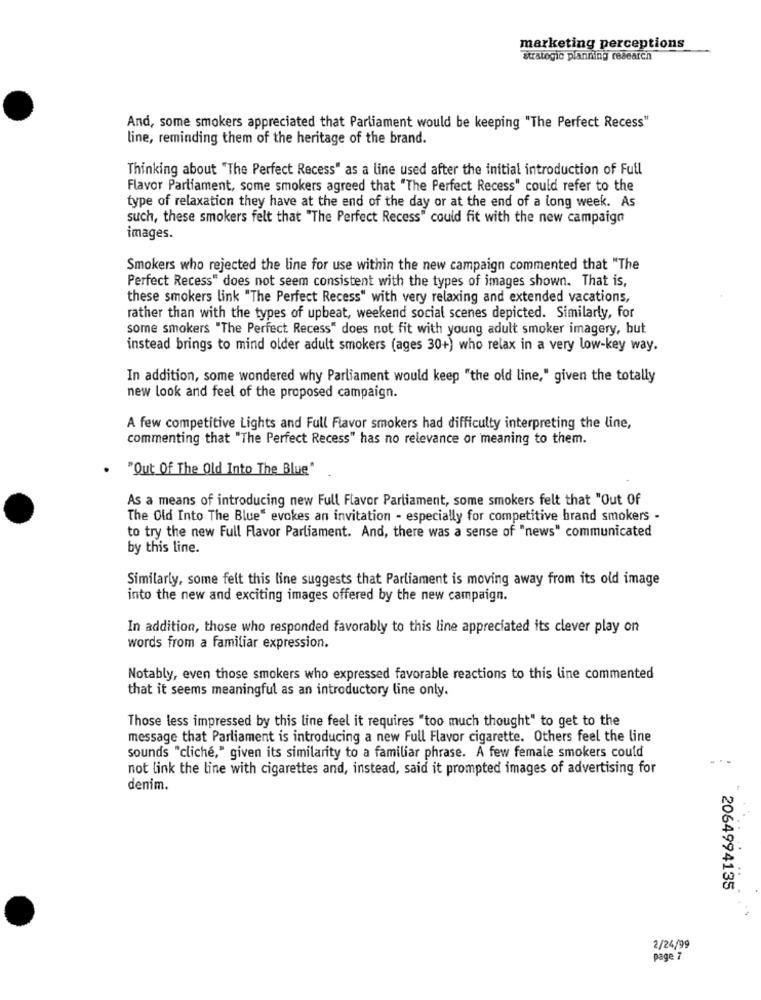
marketing perceptions
strategic planning research
And, some smokers appreciated that Parliament would be keeping "The Perfect Recess"
line, reminding them of the heritage of the brand.
Thinking about "The Perfect Recess" as a line used after the initial introduction of Full
Flavor Parliament, some smokers agreed that "The Perfect Recess" could refer to the
type of relaxation they have at the end of the day or at the end of a long week. As
such, these smokers felt that "The Perfect Recess" could fit with the new campaign
images.
Smokers who rejected the line for use within the new campaign commented that "The
Perfect Recess" does not seem consistent with the types of images shown. That is,
these smokers link "The Perfect Recess" with very relaxing and extended vacations,
rather than with the types of upbeat, weekend social scenes depicted. Similarly, for
some smokers "The Perfect Recess" does not fit with young adult smoker imagery, but
instead brings to mind older adult smokers (ages 30+) who relax in a very low-key way.
In addition, some wondered why Parliament would keep "the old line," given the totally
new look and feel of the proposed campaign.
A few competitive Lights and Full Flavor smokers had difficulty interpreting the line,
commenting that "The Perfect Recess" has no relevance or meaning to them.
"Out Of The Old Into The Blue"
As a means of introducing new Full Flavor Parliament, some smokers felt that "Out Of
The Old Into The Blue" evokes an invitation - especially for competitive brand smokers -
to try the new Full Flavor Parliament. And, there was a sense of "news" communicated
by this line.
Similarly, some felt this line suggests that Parliament is moving away from its old image
into the new and exciting images offered by the new campaign.
In addition, those who responded favorably to this line appreciated its clever play on
words from a familiar expression.
Notably, even those smokers who expressed favorable reactions to this line commented
that it seems meaningful as an introductory line only.
Those less impressed by this line feel it requires "too much thought" to get to the
message that Parliament is introducing a new Full Flavor cigarette. Others feel the line
sounds "cliche," given its similarity to a familiar phrase. A few female smokers could
not link the line with cigarettes and, instead, said it prompted images of advertising for
denim.
2064994135
2/24/99
page 7